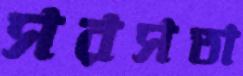
সরসতা